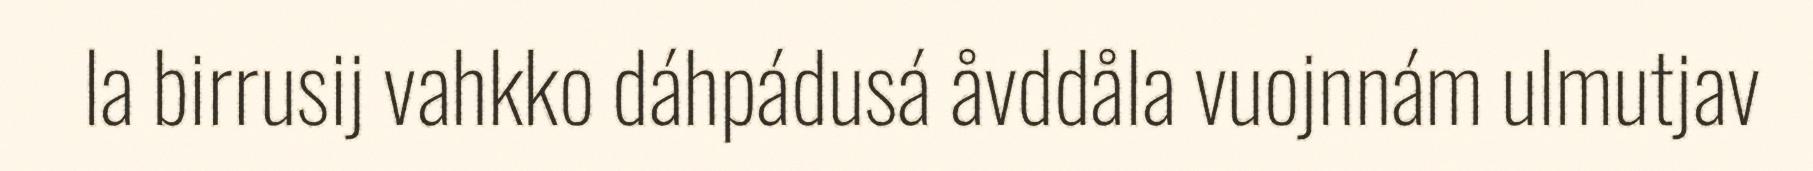
la birrusij vahkko dáhpádusá åvddåla vuojnnám ulmutjav